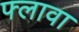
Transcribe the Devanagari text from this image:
फ्लावा